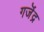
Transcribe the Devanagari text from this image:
गजॆंद्र